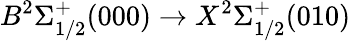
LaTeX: B^{2}\Sigma_{1/2}^{+}(000)\rightarrow X^{2}\Sigma_{1/2}^{+}(010)